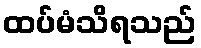
ထပ်မံသိရသည်